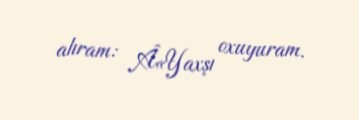
alıram: Â«Yaxşı oxuyuram.